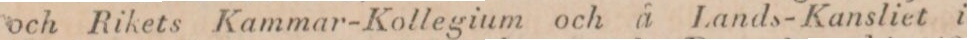
och Rikets Kammar-Kollegium och å Lands-Kansliet i